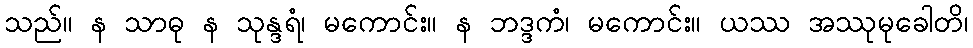
သည်။ န သာဓု န သုန္ဒရံ၊ မကောင်း။ န ဘဒ္ဒကံ၊ မကောင်း။ ယဿ အဿုမုခေါတိ၊